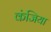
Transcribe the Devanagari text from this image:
कंजिया